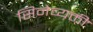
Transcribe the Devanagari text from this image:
सिनेव्यक्ती